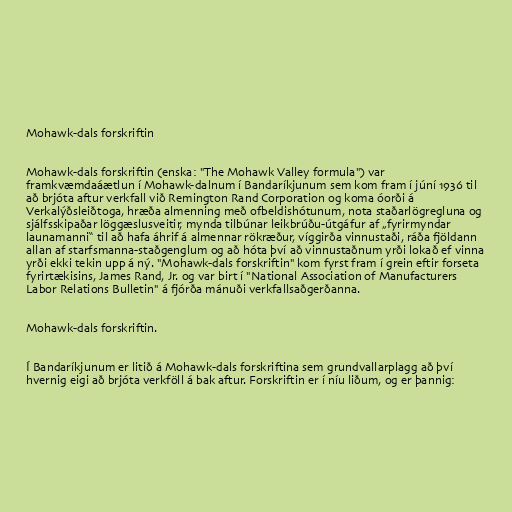
Mohawk-dals forskriftin

Mohawk-dals forskriftin (enska: "The Mohawk Valley formula") var
framkvæmdaáætlun í Mohawk-dalnum í Bandaríkjunum sem kom fram í júní 1936 til
að brjóta aftur verkfall við Remington Rand Corporation og koma óorði á
Verkalýðsleiðtoga, hræða almenning með ofbeldishótunum, nota staðarlögregluna og
sjálfsskipaðar löggæslusveitir, mynda tilbúnar leikbrúðu-útgáfur af „fyrirmyndar
launamanni“ til að hafa áhrif á almennar rökræður, víggirða vinnustaði, ráða fjöldann
allan af starfsmanna-staðgenglum og að hóta því að vinnustaðnum yrði lokað ef vinna
yrði ekki tekin upp á ný. "Mohawk-dals forskriftin" kom fyrst fram í grein eftir forseta
fyrirtækisins, James Rand, Jr. og var birt í "National Association of Manufacturers
Labor Relations Bulletin" á fjórða mánuði verkfallsaðgerðanna.

Mohawk-dals forskriftin.

Í Bandaríkjunum er litið á Mohawk-dals forskriftina sem grundvallarplagg að því
hvernig eigi að brjóta verkföll á bak aftur. Forskriftin er í níu liðum, og er þannig: